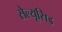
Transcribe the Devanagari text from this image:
सेल्यूसिड